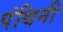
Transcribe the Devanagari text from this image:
पंथिनी